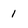
Character: 1